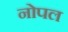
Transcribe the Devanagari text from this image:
नोपल